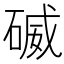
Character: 𥔃